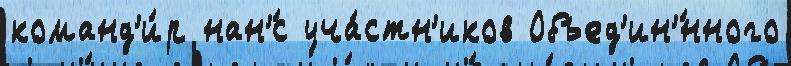
команд'и́р нан'́с уча́стн'иков Объед'ин'́нного